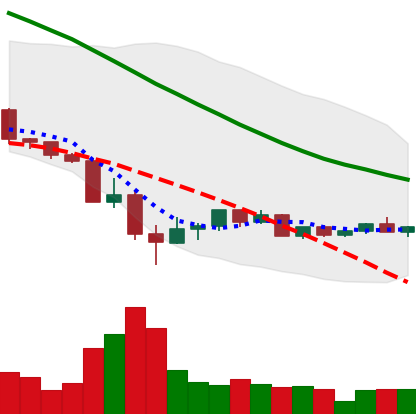
Ticker: LINK-USD
Chart end date: 2022-05-24
Forward return: -7.207%
Label: down_7plus